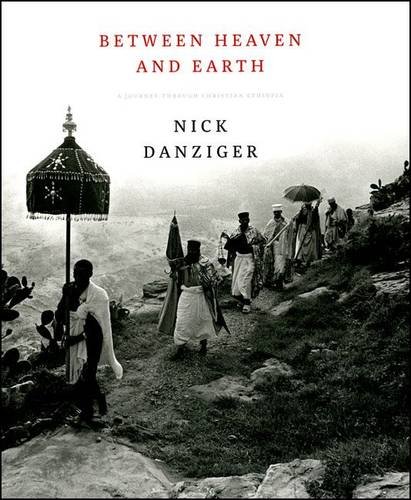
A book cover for Between Heaven and Earth: A Journey Through Christian Ethiopia; Philip Marsden; Travel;